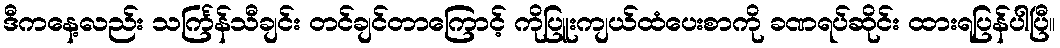
ဒီကနေ့လည်း သင်္ကြန်သီချင်း တင်ချင်တာကြောင့် ကိုပြူးကျယ်ထံပေးစာကို ခဏရပ်ဆိုင်း ထားရပြန်ပါပြီ။